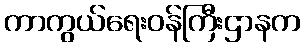
ကာကွယ်ရေးဝန်ကြီးဌာနက